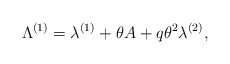
\begin{align*}\Lambda^{(1)} = \lambda^{(1)} + \theta A + q \theta^2 \lambda^{(2)},\end{align*}